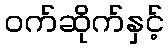
ဝက်ဆိုက်နှင့်